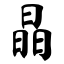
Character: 晶